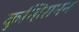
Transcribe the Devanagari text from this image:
कुन्हिरामन